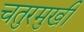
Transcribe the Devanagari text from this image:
चतुरमुखी